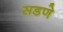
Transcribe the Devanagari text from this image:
सडणे